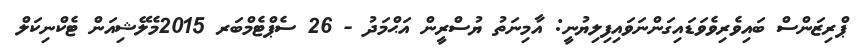
ޕްރިޒަންސް ބައިވެރިވެވަޑައިގަންނަވައިފިލިޔުނީ: އާމިނަތު ޔުސްރީން އަޙްމަދު - 26 ސެޕްޓެމްބަރ 2015މެލޭޝިއަން ޓެކްނިކަލް